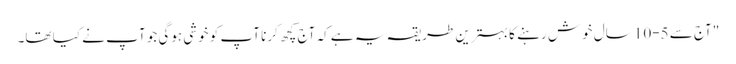
"آج سے 5-10 سال خوش رہنے کا بہترین طریقہ یہ ہے کہ آج کچھ کرنا آپ کو خوشی ہوگی جو آپ نے کیا تھا۔